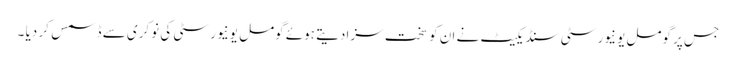
جس پر گومل یونیورسٹی سنڈیکیٹ نے ان کو سخت سزا دیتے ہوئے گومل یونیورسٹی کی نوکری سے ڈسمس کر دیا ۔